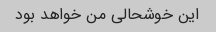
این خوشحالی من خواهد بود